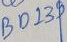
Text: BD139